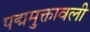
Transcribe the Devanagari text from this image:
पद्ममुक्तावली